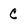
Character: c